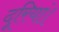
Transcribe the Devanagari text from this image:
दूरियां।